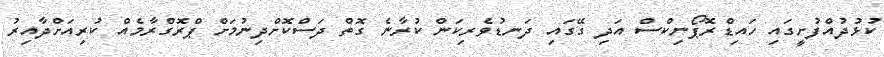
ކުޅުދުއްފުށީގައި ހައިޑްރޮޕޯނިކްސް އަދި ގޭގައި ދަނޑުވެރިކަން ކުރާނެ ގޮތް ދަސްކޮށްދިނުމަށް ޕްރޮގްރާމެއް ކުރިއަށްދާއިރު